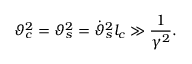
\vartheta _ { c } ^ { 2 } = \vartheta _ { s } ^ { 2 } = \dot { \vartheta } _ { s } ^ { 2 } l _ { c } \gg \frac { 1 } { \gamma ^ { 2 } } .